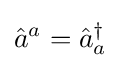
{\hat {a}}^{a}={\hat {a}}_{a}^{\dagger }